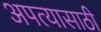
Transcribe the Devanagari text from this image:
अपत्यासाठी